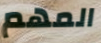
المهم